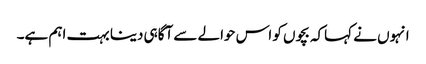
انہوں نے کہاکہ بچوں کو اس حوالے سے آگاہی دینا بہت اہم ہے۔